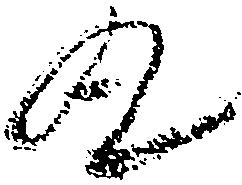
丸